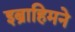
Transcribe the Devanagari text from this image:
इब्राहिमने